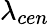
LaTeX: \lambda_{cen}